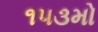
૧૫૩મો